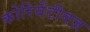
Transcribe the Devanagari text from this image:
कोरियेंटीयज़